King Institute of Preventive Medicine Micro-Biological Section reports 1909-11
Year: 1909
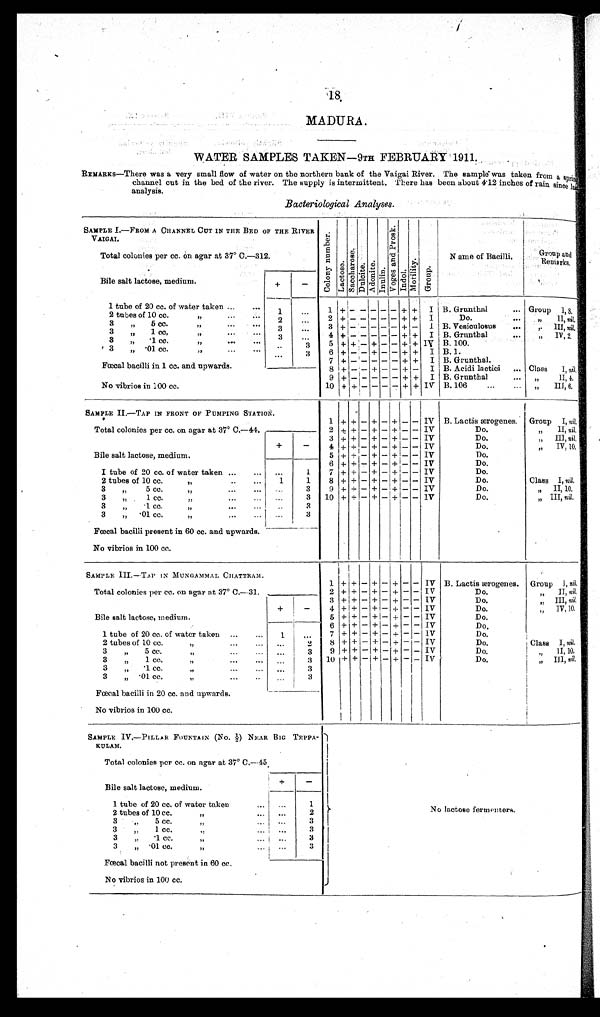
MADURA.
WATER SAMPLES TAKEN-9TH FEBRUARY' 1911.
REMARKS—There was a very small flow of water on the northern bank of the Vaigai River. The sample - was taken from a spring
channel cut in the bed of the river. The supply is intermittent. There has been about 4.12 inches of rain since last
analysis.
Bacteriological Analyses.
SAMPLE I.—FROM A CHANNEL CUT IN THE BED OF THE RIVER
VAIGAI.
C o l o n y n u m b e r .
L a c t o s e .
S a c c h a r o s e .
Dul c i t e . A d o n i t e .
I n u l i n .
V o g e s a n d P r o s k .
I n d o l . .
M o t i l i t y .
G r o u p .
Name of Bacilli.
Group and
Remarks.
Group I,8
.
Total colonies per cc. on agar at 37° C.—312.
Bile salt lactose, medium.
+
-
1 + - - - - - + + I B. Grunthal
....
1 tube of 20 cc. of water taken .... . . . 1
. . .
2 tubes of 10 cc ,, .... . . . .
. . . .
2 +
- - - - - + +
I
Do.
. . . . „,, II, nil
2
. . . .
3 „ 5 cc.
,, . . .
. . . .
. . .
,.III, nil,
3 +
+ - - - - + + I B. Vesiculosus
....
3
3
„
1 cc
:„..
4 + - - - - - + + I B. Grunthal
IV, 2,
3
3 „
. 1 c c .
,,,,„
. . .
. . . .
. . . .
5 + + - + - - + +
I V B. 100.
3
3 „
. 0 1 c c .
„ ...
. . . .
. . . . . . .
6 + - - + - - + + I B.I
3
. . .
Class I, nil,
7 + - - - - - + + I B. Grunthal .
Fœcal bacilli in 1 cc. and upwards.
8 + - - + - - + + I B. Acidi lactici ....
9 + - - - - - + +
I B. Grunthal
, , I I , 4 .
No vibrios in 1 00 cc.
10 + + - - - - + + IV B. 106
III 6
., ,
SAMPLE II—TAP IN FRONT OF PUMPING STATION.
1 + + - + - + - - IV B. Lactis ærogenes. Group I, nil,
Total colonies per cc. on. agar at 37° C.—44.
2 + + - + - + - - IV
Do.
, , „ 1 1 , n i l ,
3 + + - + - + - - IV
Do.
,, III, nil,
Bile salt lactose, medium.
+
-
4 + + - + - + - - IV
Do.
„ IV; 10,
5 + + - + - + - - IV
Do.
I tube of 20 co. of water taken .... ...
. . .
1
6 + + - + - + - - IV
Do.
7 + + - + - + - - IV
Do.
Class I, nil,
2 tubes of 10 cc."
......,
1
1
8 + + - + - + - - IV
Do.
,, II, 10,
3 „
5 cc ,,"
...
. . .
3
9 + + - + - + - - IV
Do.
„ III, nil,
3 ... 1 cc. .... ....
. . . . . . .
3 10 + + - + - + - - IV
Do.
3 „ .1 cc. ,,...
. . .
3
... 3
3 „ '01 cc..„. ,,
3
Fœcal bacilli present in 60 cc. and upwards.
No vibrios in 100 cc.
SAMPLE III.—TAP IN MUNGAMMAL CHATTRAM.
1
+ + - + - + - - IV B. Lactis ærogenes. Group I,nil.
Total colonies per cc. on agar at 37° C.—31.
2 + + - + - + - - IV
Do.
„ II, nil
3 + + - + - + - - IV
Do
, , I I I n i l
Bile salt lactose, medium.
+
-
,,, IV 10.
,
4 + + - + - + - - IV
Do
5 + + - + I+ - + - - IV
Do,
6 + + - + - + - - IV
Do.
1 tube of 20 cc,. of water taken
. . . .
. . . . 1 ...
7 + + - + - + - - IV
Do,
Class I, nil.
8 + + + - + - + - - IV
Do.
2 tubes of 10 cc .
„
. . . .
. . . . . . .
2
9 + + - + - + - - IV
Do.
„ II 10,
3 „ 5 cc
„.
. . . .
. . . . . . .
3
3 „ 1 cc.
.,
. . . .
. . . . . . .
3 10 + + - + - + - - Iv
Do
, , I I I n i l
,,.
3 „
. 1 c c
„.
.-
.
. . .
3
3 „
. 0 1 c c .
„
. . . .
.
. . .
3
Fœcal bacilli in 20 cc. and upwards.
No vibrios in 100 cc.
SAMPLE IV.—PILLAR FOUNTAIN (NO. ½) NEAR BIG TEPPA
¬KULAM.
No lactose fermenters.
Total colonies per cc. on agar at 37° C.—45.
Bile salt lactose, medium.
+
-
1 tube of 20 cc. of water taken.... . . .
1
2 tubes of 10 cc.
, ,
. . .
. . .
2
3 ,, 5 cc.
„
. . . . . . .
3
3 „ 1 cc.
, ,
. . . . . . .
3
3 „
. 1 c c .
„ . . . .
j . . . .
3
3 „
. 0 1 c c .
, ,
. . . . . .
3
Fœcal bacilli not present in 60 cc.
No vibrios in 100 cc.